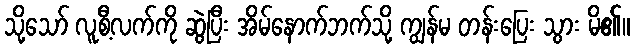
သို့သော် လူစီ့လက်ကို ဆွဲပြီး အိမ်နောက်ဘက်သို့ ကျွန်မ တန်းပြေး သွား မိ၏။